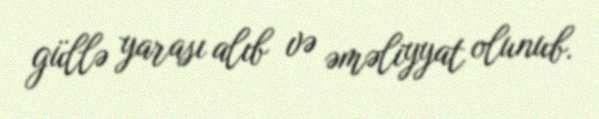
güllə yarası alıb və əməliyyat olunub.